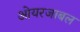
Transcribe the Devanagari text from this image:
ओयरजाबल